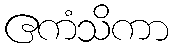
ဧကံသိကာ